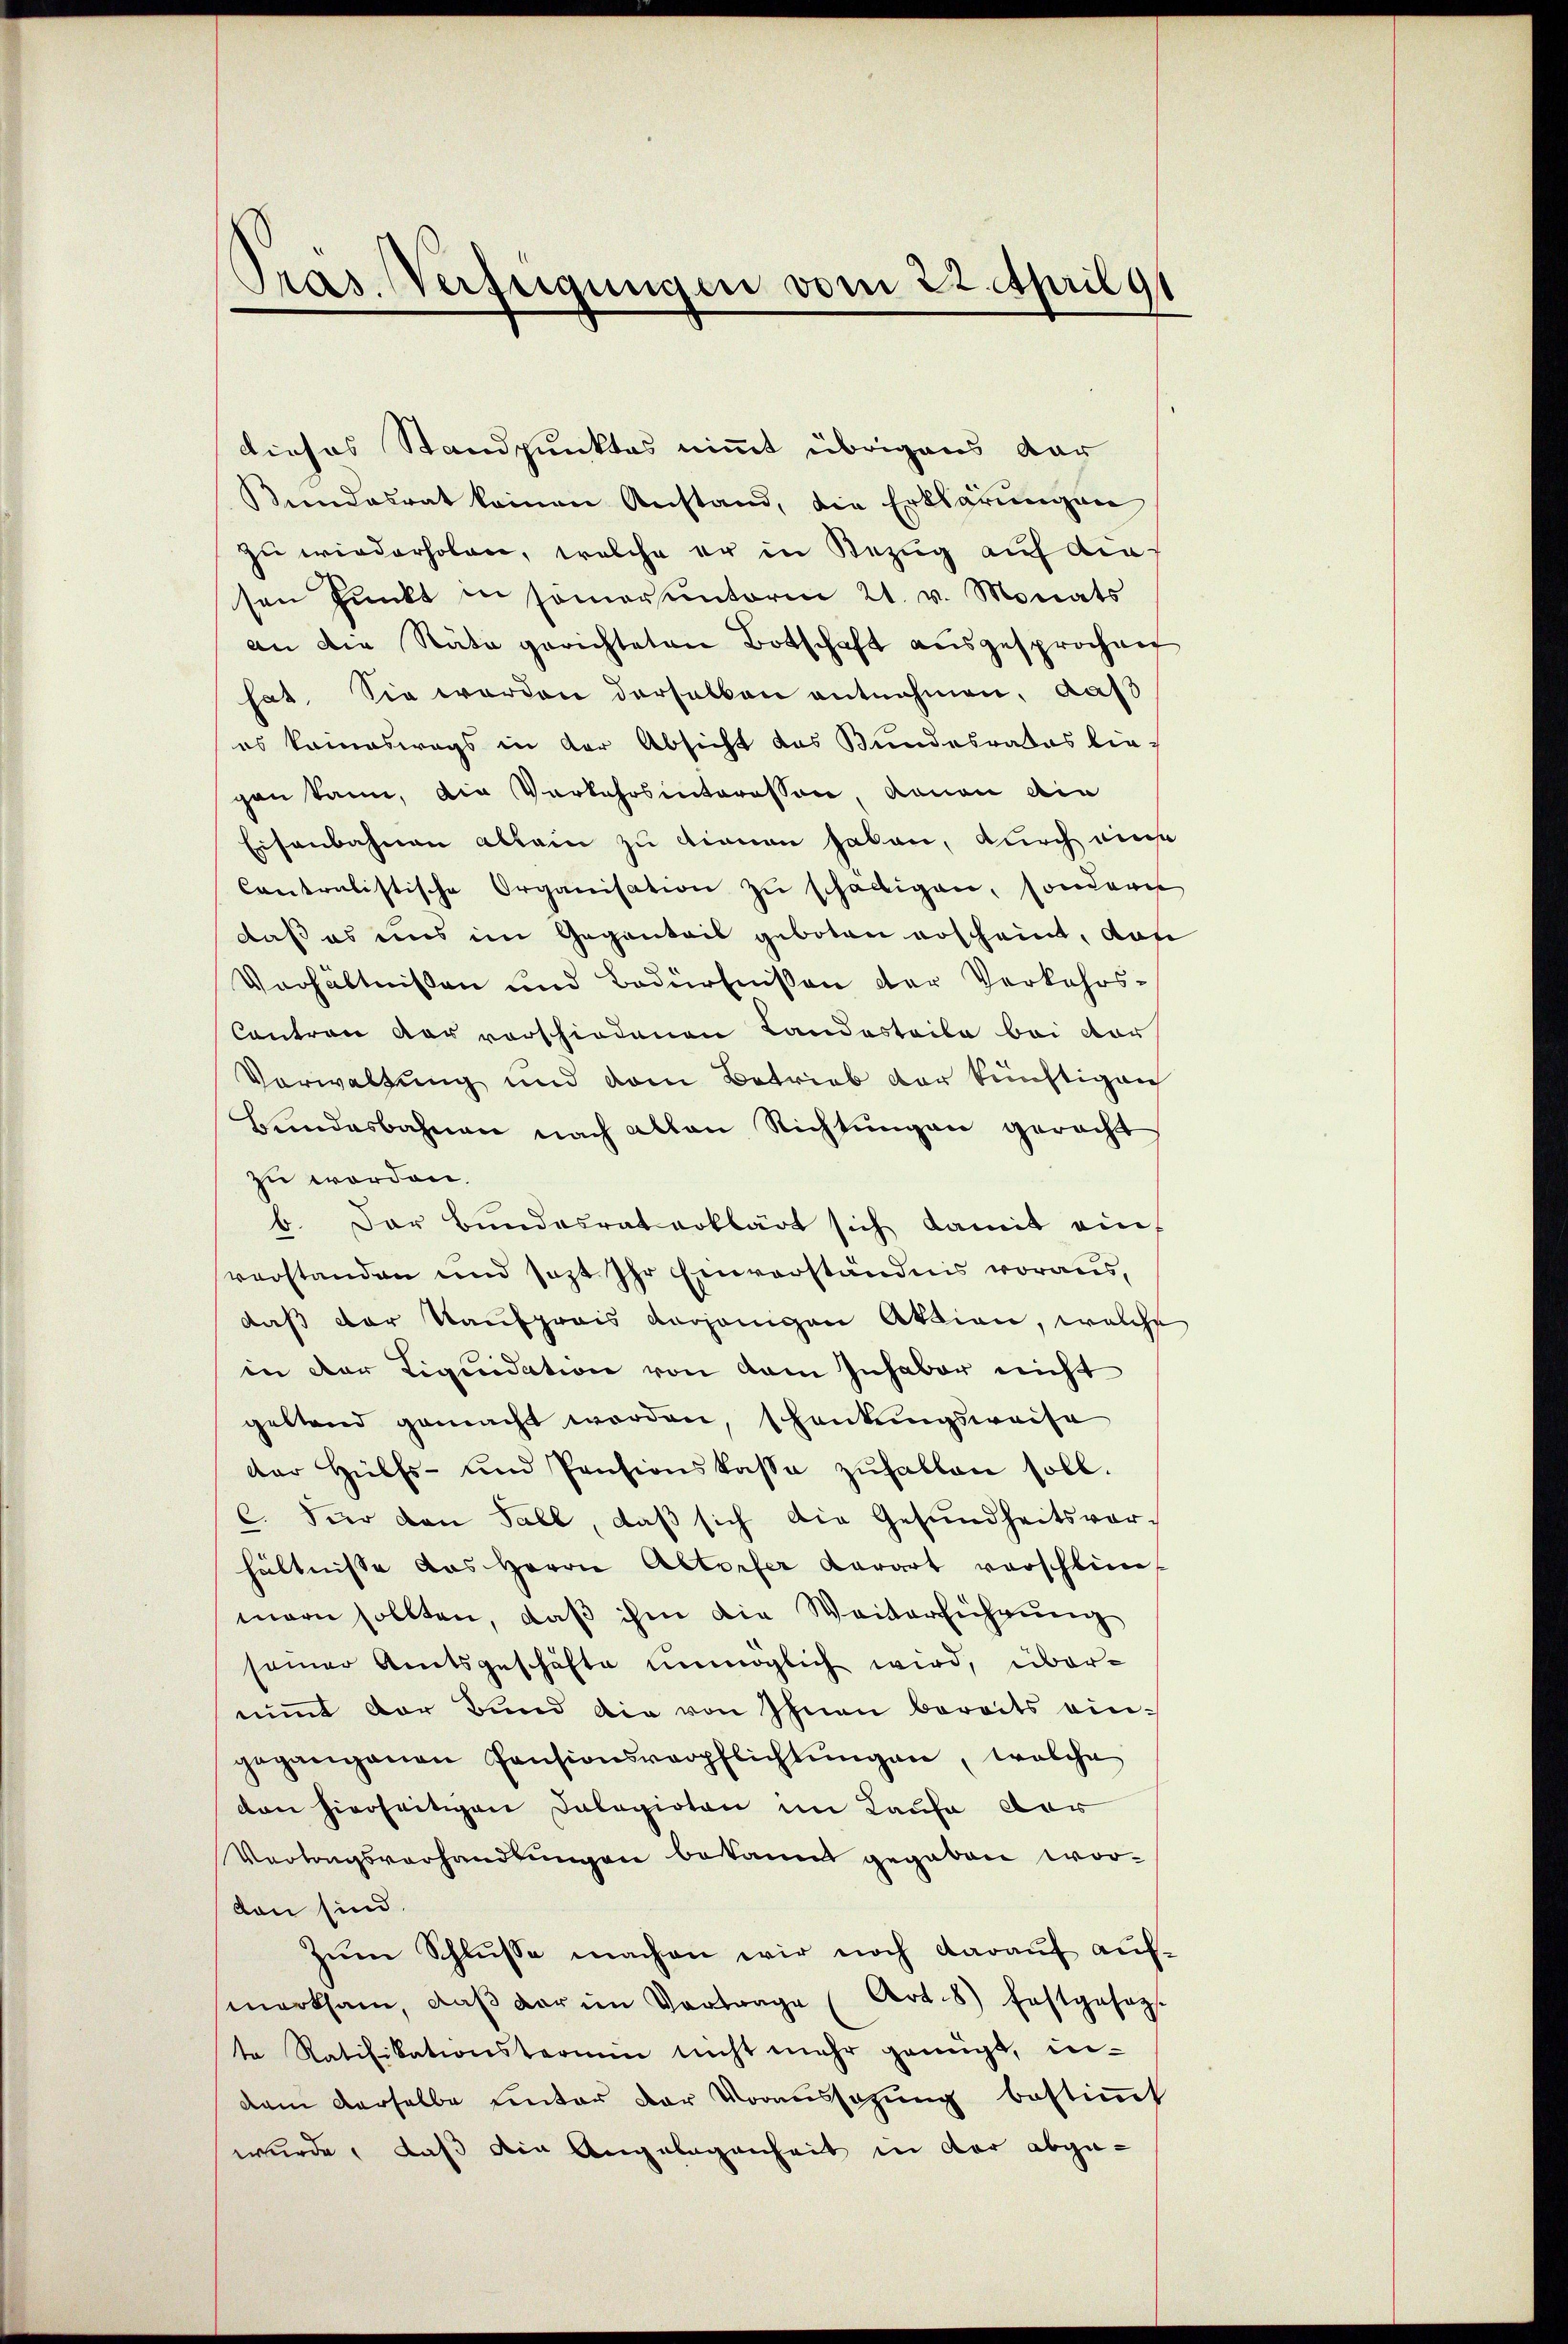
Pras Verfügungen vom 22. April 91

dieses Standpunktes nimmt übrigens dar
Kindesrat keinen Anstand, die Erklärŭngen
zu wiederholen, welche er in Bezug auf die
sen Punkt in somorunterm 21. v. Monats
an die Räte gerichteten Botschaft ausgesprochen
hat. Sie werden derselben entnehmen, daß
es kameswegs in der Absicht das Bundesrates lie-
gan kann, die Vorkehrsinteressen, davon die
Eisenbahnen allein zu dienen haben, durch eine
Contralistische Organisation zu schälligen, sondern
daß es uns im Gegentais geboten erscheint, das
Verhältnißen und Bedürfnißen der Verkehrs¬
Contron vor vorschiedenen Landesteile bei der
Vorwaltung und dem Betrieb der künftigen
Bundesbahnen nach allen Richtungen geracht
zu worden.
b. Der Bundesrat erklärt sich damit ein,
verstanden und sezt Ihr Einverständnis voraus,
daß der Kaufpreis vorjenigen Aktion, welche
in der Liquidation von dem Inhaber nicht
geltend gemacht worden, schenkungsweise
der Hülfs- und Pensionskassa zŭhalten soll.
C. Hier den Fall, daß sich die Gesundheitsver-
hältnisse das Herrn Altorfer Karart verschlim
marn sollten, daβ ihm die Weiterführŭng
seiner Amtsgeschäfte unmöglich wird, übernimt der Bund die von Ihnen bereits eingegangenen Pensionsverpflichtŭngen, welche
den hierseitigen Dalagirten im Lausa dar
Vertragsverhandlungen bekannt gegeben worden sind.
Zum Schlusse machen wir noch darauf auf-
merksam, daβ der im Vortrage (Art. 8) festgesag
te Ratifikationstermin nicht mehr genügt, in-
dem derselbe unter der Voraussagung bestimmt
wurde, daß die Angelegenheit in der abge¬